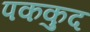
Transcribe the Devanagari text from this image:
पककुद